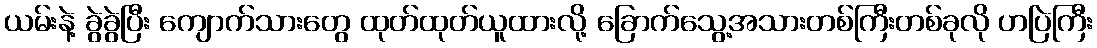
ယမ်းနဲ့ ခွဲခွဲပြီး ကျောက်သားတွေ ထုတ်ထုတ်ယူထားလို့ ခြောက်သွေ့အသားတစ်ကြီးတစ်ခုလို ဟပြဲကြီး